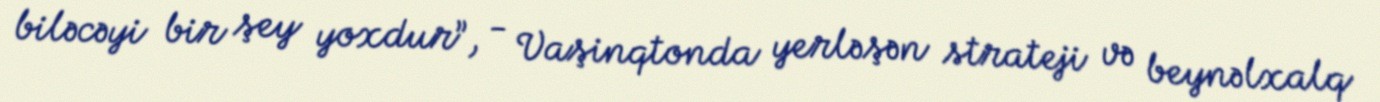
biləcəyi bir şey yoxdur”, - Vaşinqtonda yerləşən strateji və beynəlxalq